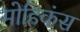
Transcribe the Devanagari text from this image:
मोहिकंस